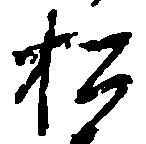
松